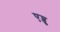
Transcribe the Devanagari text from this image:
एघ्चु